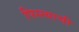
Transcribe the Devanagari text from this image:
पिस्त्याची